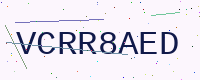
Text: VCRR8AED